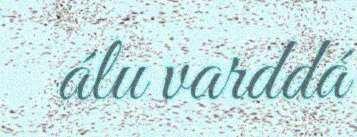
álu varddá